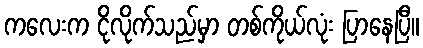
ကလေးက ငိုလိုက်သည်မှာ တစ်ကိုယ်လုံး ပြာနေပြီ။